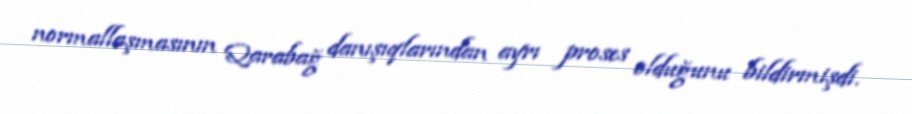
normallaşmasının Qarabağ danışıqlarından ayrı proses olduğunu bildirmişdi.